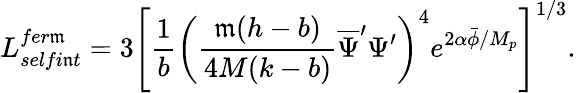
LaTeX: L_{selfi\mathfrak{n}t}^{fer\mathfrak{m}}=3\left[\frac{{1}}{{b}}\left(\frac{{\mathfrak{m}(h-b)}}{{4M(k-b)}}\overline{{{{\Psi}}}}^{\prime}\Psi^{\prime}\right)^{4}e^{2\alpha\bar{{\phi}}/M_{p}}\right]^{1/3}.